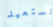
نستعيد